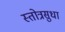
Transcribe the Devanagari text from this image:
स्तोत्रसुधा